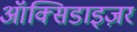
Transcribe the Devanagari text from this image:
ऑक्सिडाइज़र